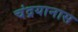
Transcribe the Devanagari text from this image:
चंद्रयानास